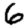
Digit: 6